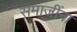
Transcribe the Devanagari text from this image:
समाजींना